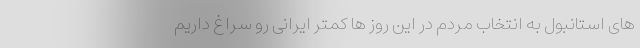
های استانبول به انتخاب مردم در این روز ها کمتر ایرانی رو سراغ داریم